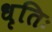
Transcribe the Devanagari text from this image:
धृतिः